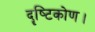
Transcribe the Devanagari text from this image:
दॄष्‍टिकोण।